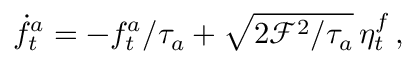
\dot { f } _ { t } ^ { a } = - f _ { t } ^ { a } / \tau _ { a } + \sqrt { 2 \mathcal { F } ^ { 2 } / \tau _ { a } } \, \eta _ { t } ^ { f } \, ,